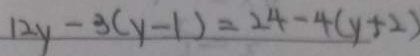
1 2 y - 3 ( y - 1 ) = 2 4 - 4 ( y + 2 )